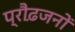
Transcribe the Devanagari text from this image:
प्रौढ़जनों